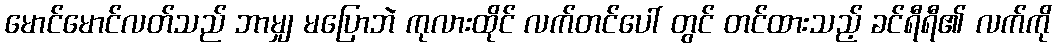
မောင်မောင်လတ်သည် ဘာမျှ မပြောဘဲ ကုလားထိုင် လက်တင်ပေါ် တွင် တင်ထားသည့် ခင်ရီရီ၏ လက်ကို